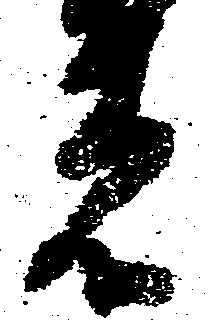
者